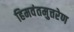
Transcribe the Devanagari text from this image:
हिमवंतमुत्तरेण